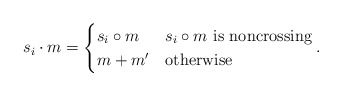
\begin{align*}s_i \cdot m = \begin{cases} s_i \circ m & s_i \circ m \textrm{ is noncrossing}\\ m + m' & \textrm{otherwise} \end{cases}.\end{align*}